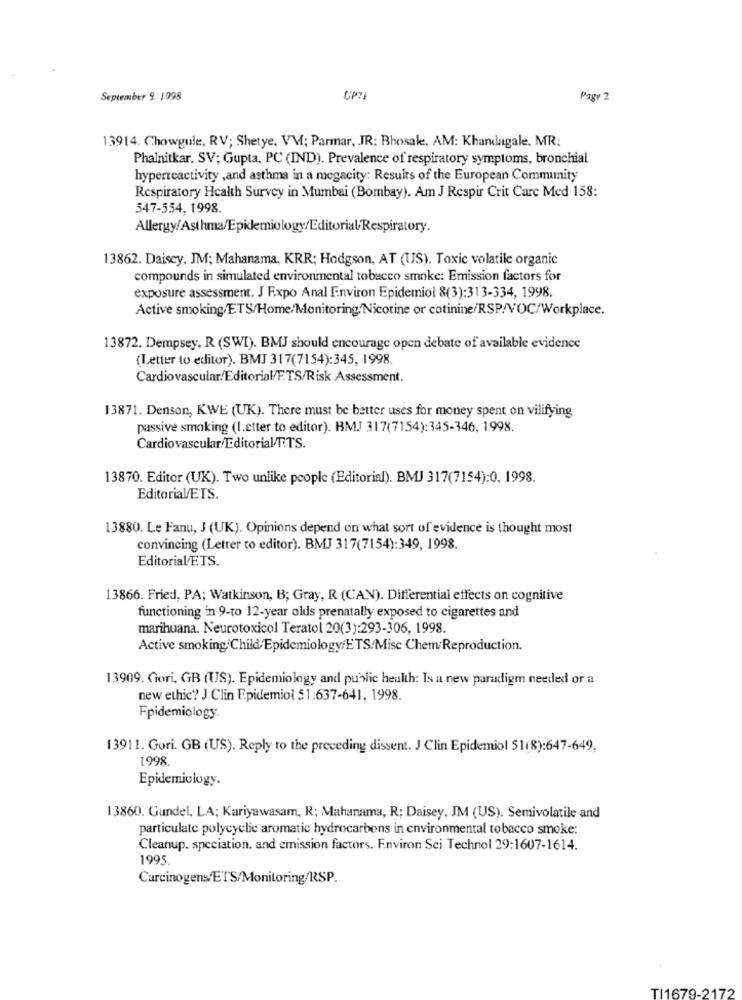
September 9. 1998
UP?1
Page 2
13914. Chowgule, RV; Shetye. VV; Parmar, JR: Bhosale, AM: Khandagale, MR:
Phalnitkar. SV; Gupta, PC (IND). Prevalence of respiratory symptoms, bronchial
hyperreactivity ,and asthma in a megacity: Results of the European Community
Respiratory Health Survey in Mumbai (Bombay). Am J Respir Crit Care Med 158:
547-554, 1998.
Allergy/Asthma/Epidemiology/Editorial/Respiratory.
13862. Daisey, JM; Mahanama, KRR; Hodgson, AT (US). Toxic volatile organic
compounds in simulated environmental tobacco smoke: Emission factors for
exposure assessment. J Expo Anal Environ Epidemiol 8(3):313-334, 1998.
Active smoking/ETS/Home/Monitoring Nicotine or cotinine/RSP/VOC/Workplace.
13872. Dempsey, R (SWI). BMJ should encourage open debate of available evidence
(Letter to editor). BMJ 317(7154):345, 1998.
Cardiovascular/Editorial/F.TS/Risk Assessment.
13871. Denson, KWE (UK). There must be better uses for money spent on vilifying
passive smoking (I.etter to editor). BMJ 317(7154):345-346, 1998.
Cardiovascular/Editorial/T.TS.
13870. Editor (UK). Two unlike people (Editorial). BMJ 317(7154):0, 1998.
Editorial/ETS.
13880. Le Fanu, J (UK). Opinions depend on what sort of evidence is thought most
convincing (Letter to editor). BMJ 317(7154):349, 1998.
Editorial/F.TS.
13866. Fried, PA; Watkinson, B; Gray, R (CAN). Differential effects on cognitive
functioning in 9-to 12-year olds prenatally exposed to cigarettes and
marihuana. Neurotoxicol Teratol 20(3):293-306, 1998.
Active smoking:Child,Epidemiology/ETS/Mise Chem/Reproduction.
13909. Gori, GB (US). Epidemiology and public health: Is a new paradigm needed or a
new ethic? J Clin Epidemiol 51:637-641, 1998.
Epidemiology.
13911. Gori. GB (US). Reply to the preceding dissent. J Clin Epidemiol 51(8):647-649,
1998.
Epidemiology.
13860. Gundel. LA; Kariyawasam, R; Mahanama, R; Daisey, JM (US). Semivolatile and
particulate polycyclic aromatic hydrocarbons in environmental tobacco smoke:
Cleanup. speciation, and emission factors. Environ Sci Technol 29:1607-1614.
1995
Carcinogens/ETS/Monitoring/RSP.
TI1679-2172